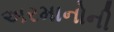
અરમાનોની